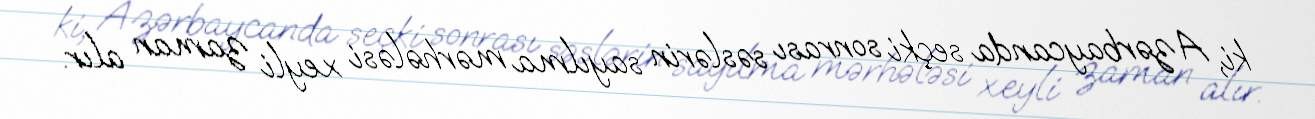
ki, Azərbaycanda seçki sonrası səslərin sayılma mərhələsi xeyli zaman alır.